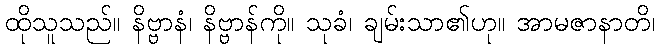
ထိုသူသည်။ နိဗ္ဗာနံ၊ နိဗ္ဗာန်ကို။ သုခံ၊ ချမ်းသာ၏ဟု။ အာမဇာနာတိ၊